Scottish Leaving Certificate Examination, 1960
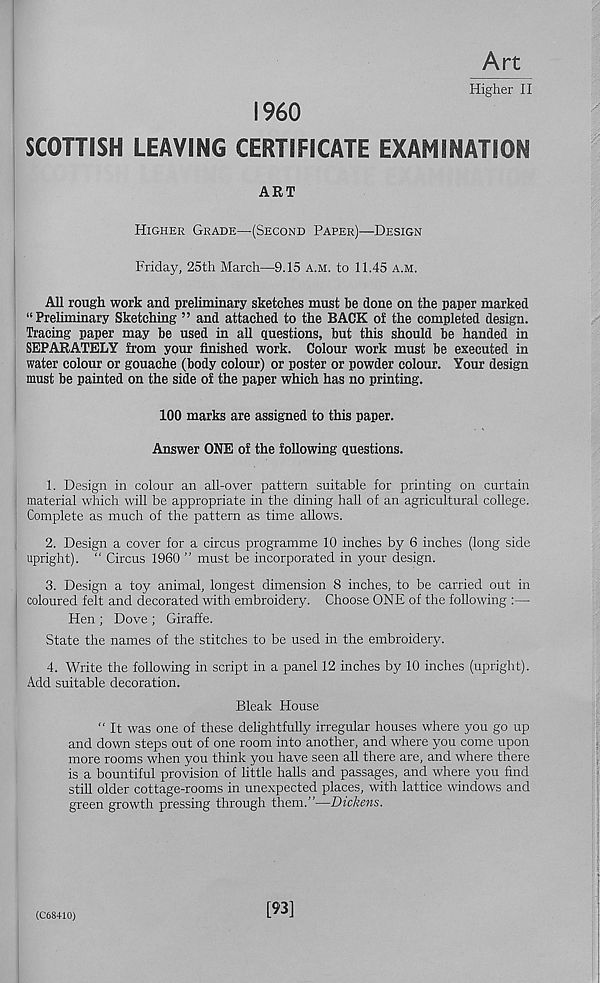
Art
Higher II
I960
SCOTTISH LEAVING CERTIFICATE EXAMINATION
ART
Higher Grade—(Second Paper)—Design
Friday, 25th March—9.15 a.m. to 11.45 a.m.
All rough work and preliminary sketches must be done on the paper marked
“Preliminary Sketching ” and attached to the BACK of the completed design.
Tracing paper may be used in all questions, but this should be handed in
SEPARATELY from your finished work. Colour work must be executed in
water colour or gouache (body colour) or poster or powder colour. Your design
must be painted on the side of the paper which has no printing.
100 marks are assigned to this paper.
Answer ONE of the following questions.
1. Design in colour an all-over pattern suitable for printing on curtain
material which will be appropriate in the dining hall of an agricultural college.
Complete as much of the pattern as time allows.
2. Design a cover for a circus programme 10 inches by 6 inches (long side
upright). “ Circus 1960 ” must be incorporated in your design.
3. Design a toy animal, longest dimension 8 inches, to be carried out in
coloured felt and decorated with embroidery. Choose ONE of the following :—
Hen ; Dove ; Giraffe.
State the names of the stitches to be used in the embroidery.
4. Write the following in script in a panel 12 inches by 10 inches (upright).
Add suitable decoration.
Bleak House
“ It was one of these delightfully irregular houses where you go up
and down steps out of one room into another, and where you come upon
more rooms when you think you have seen all there are, and where there
is a bountiful provision of little halls and passages, and where you find
still older cottage-rooms in unexpected places, with lattice windows and
green growth pressing through them.”—Dickens.
(C68410)
[93]